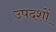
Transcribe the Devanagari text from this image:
उपदशों